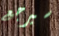
سيرجع